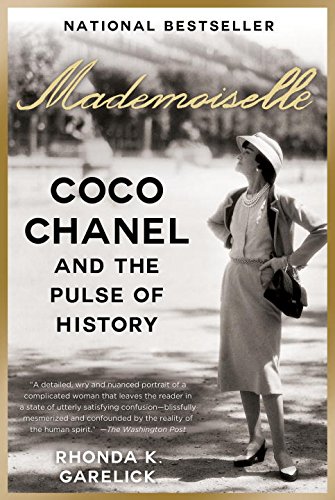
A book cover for Mademoiselle: Coco Chanel and the Pulse of History; Rhonda K. Garelick; Arts & Photography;